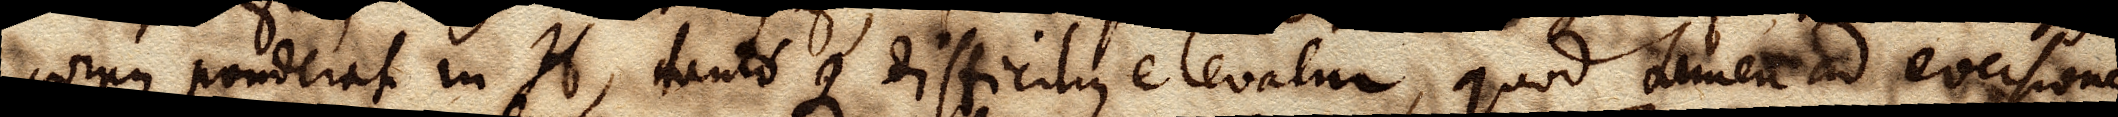
corpus ponderat in H, tantoque difficilius elevatur, quod tamen ad eversionem